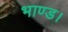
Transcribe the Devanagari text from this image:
भाण्ड।